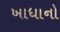
ખાધાનો